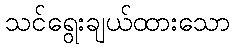
သင်ရွေးချယ်ထားသော